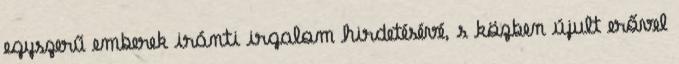
egyszerű emberek iránti irgalom hirdetésévé, s közben újult erővel